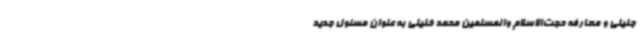
جلیلی و معارفه حجت‌الاسلام والمسلمین محمد خلیلی به عنوان مسئول جدید